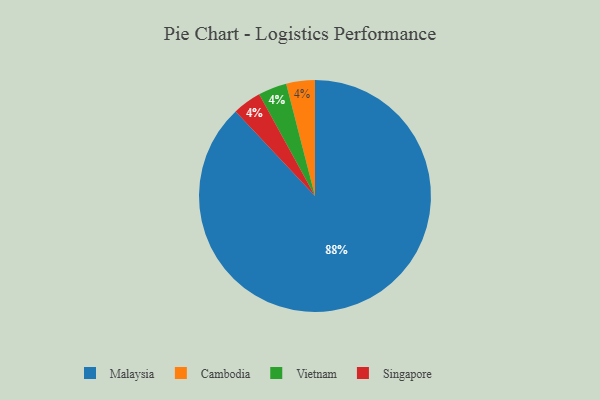
{"axis": {"x": "Category", "y": "Percentage"}, "legend": ["Cambodia", "Malaysia", "Singapore", "Vietnam"], "data": [{"x": "Malaysia", "y": 88, "type": "Malaysia"}, {"x": "Cambodia", "y": 4, "type": "Cambodia"}, {"x": "Vietnam", "y": 4, "type": "Vietnam"}, {"x": "Singapore", "y": 4, "type": "Singapore"}]}